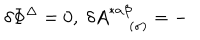
\delta \Phi ^ { \Delta } = 0 , \; \delta A _ { \; ( \sigma ) } ^ { * \alpha \beta } = -